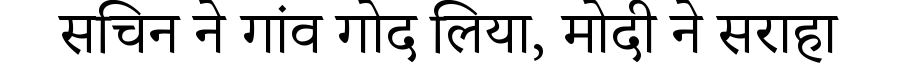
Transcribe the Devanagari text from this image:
सचिन ने गांव गोद लिया, मोदी ने सराहा